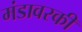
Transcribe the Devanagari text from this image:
मंडावरकी